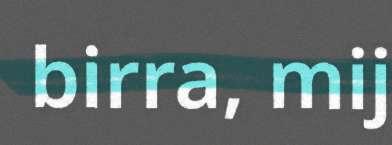
birra, mij